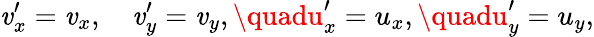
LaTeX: \mathit{v}_{x}^{\prime}=\mathit{v}_{x},\quad\mathit{v}_{y}^{\prime}=\mathit{v}_{y},\quadu_{x}^{\prime}=u_{x},\quadu_{y}^{\prime}=u_{y},